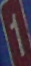
1